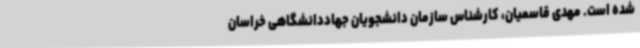
شده است. مهدی قاسمیان، کارشناس سازمان دانشجویان جهاددانشگاهی خراسان